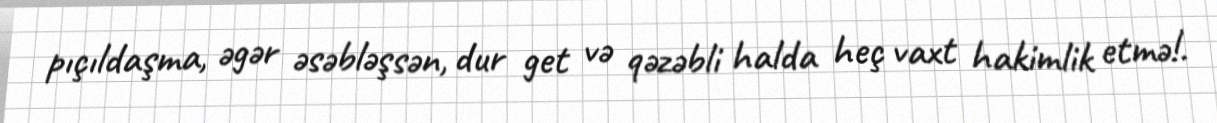
pıçıldaşma, əgər əsəbləşsən, dur get və qəzəbli halda heç vaxt hakimlik etmə!.